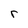
Character: r